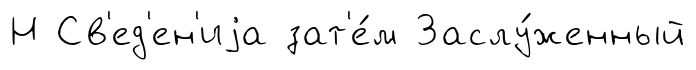
Н Св'ед'ен'иjа зат'е́м Заслу́женный